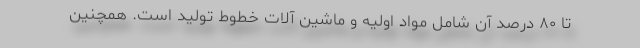
تا ۸۰ درصد آن شامل مواد اولیه و ماشین آلات خطوط تولید است. همچنین